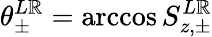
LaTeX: \theta_{\pm}^{L\mathbb{R}}=\operatorname{arccos}S_{z,\pm}^{L\mathbb{R}}